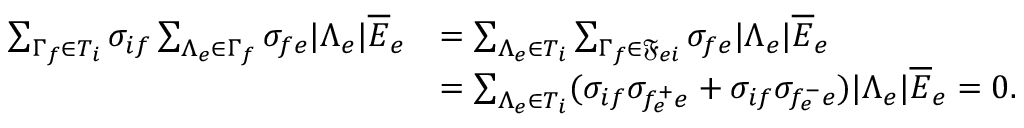
\begin{array} { r l } { \sum _ { \Gamma _ { f } \in T _ { i } } \sigma _ { i f } \sum _ { \Lambda _ { e } \in \Gamma _ { f } } \sigma _ { f e } \lvert \Lambda _ { e } \rvert \overline { { E } } _ { e } } & { = \sum _ { \Lambda _ { e } \in T _ { i } } \sum _ { \Gamma _ { f } \in \mathfrak { F } _ { e i } } \sigma _ { f e } \lvert \Lambda _ { e } \rvert \overline { { E } } _ { e } } \\ & { = \sum _ { \Lambda _ { e } \in T _ { i } } ( \sigma _ { i f } \sigma _ { f _ { e } ^ { + } e } + \sigma _ { i f } \sigma _ { f _ { e } ^ { - } e } ) \lvert \Lambda _ { e } \rvert \overline { { E } } _ { e } = 0 . } \end{array}